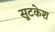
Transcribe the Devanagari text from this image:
सूटकेश